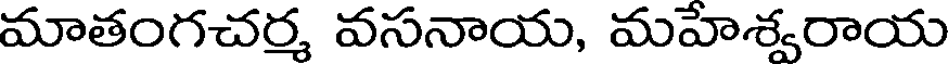
మాతంగచర్మ వసనాయ, మహేశ్వరాయ